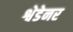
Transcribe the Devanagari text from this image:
श्वेडेनर